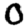
Digit: 0